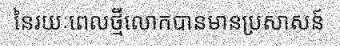
នៃរយៈពេលថ្មីលោកបានមានប្រសាសន៍